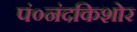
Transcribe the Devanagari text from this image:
पं०नंदकिशोर